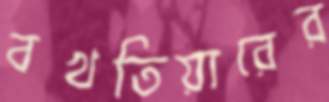
বখতিয়ারের